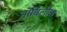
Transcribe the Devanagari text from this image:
नोबिलीस